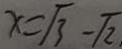
x = \sqrt { 3 } - \sqrt { 2 }